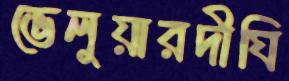
ভেলুয়ারদীঘি